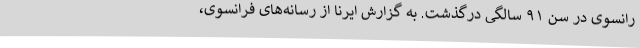
رانسوی در سن ۹۱ سالگی درگذشت. به گزارش ایرنا از رسانه‌های فرانسوی،